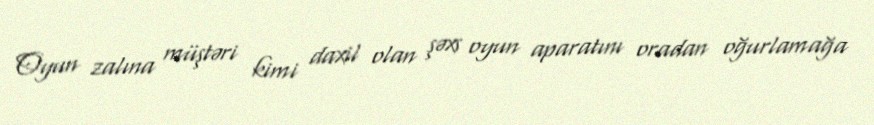
Oyun zalına müştəri kimi daxil olan şəxs oyun aparatını oradan oğurlamağa